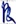
Text: R